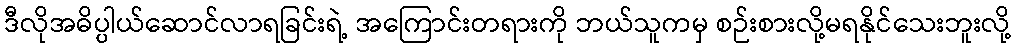
ဒီလိုအဓိပ္ပါယ်ဆောင်လာရခြင်းရဲ့ အကြောင်းတရားကို ဘယ်သူကမှ စဉ်းစားလို့မရနိုင်သေးဘူးလို့